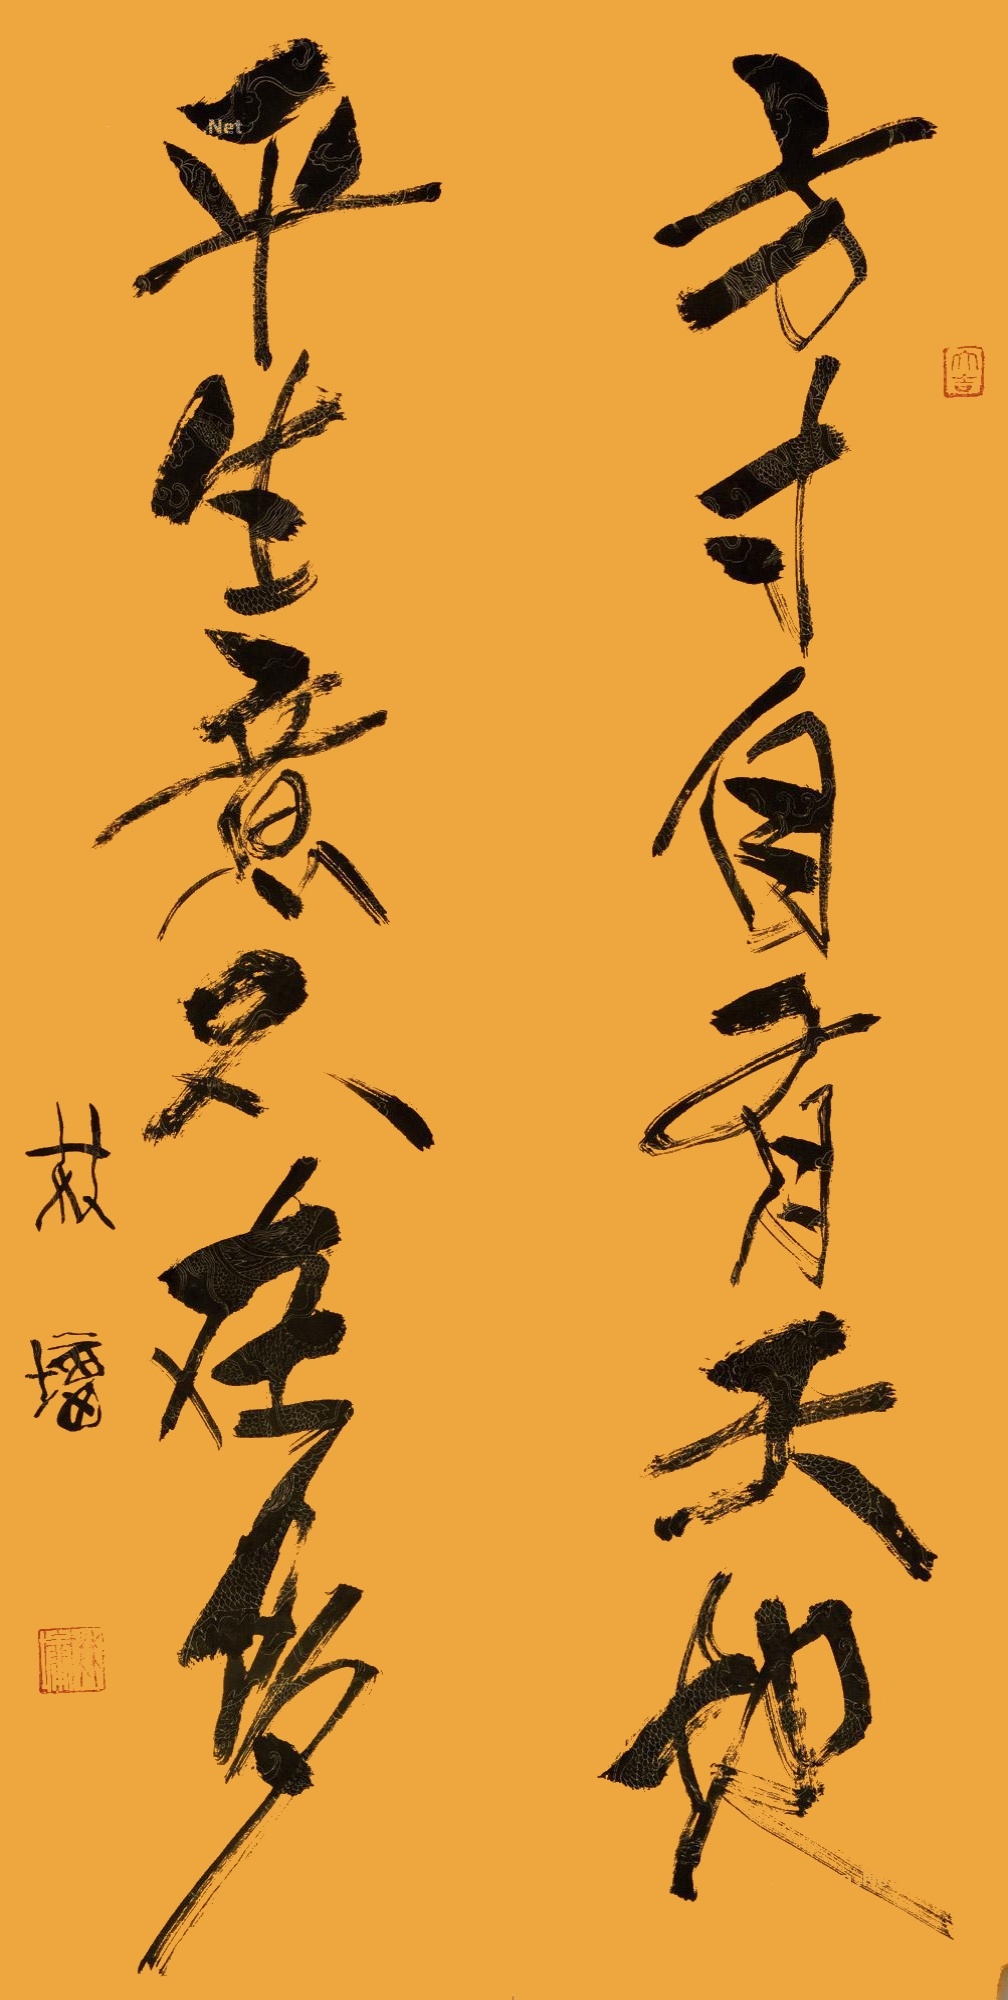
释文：方寸自有天地，平生意不在多。林墉。